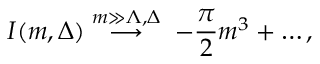
I ( m , \Delta ) \stackrel { m \gg \Lambda , \Delta } { \longrightarrow } \; - \frac { \pi } { 2 } m ^ { 3 } + \ldots ,